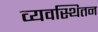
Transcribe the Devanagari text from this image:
व्यवस्थितन